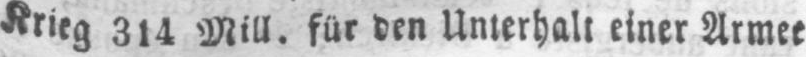
Krieg314 Mill. für den Unterhalt einer Armee